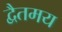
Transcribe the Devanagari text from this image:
द्वैतमय